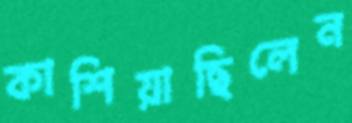
কাশিয়াছিলেন